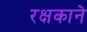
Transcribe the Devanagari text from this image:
रक्षकाने